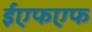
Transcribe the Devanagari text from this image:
ईएफएफ